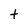
Character: t